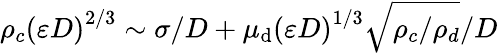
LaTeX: \rho_{c}\left(\varepsilon D\right)^{2/3}\sim\sigma/D+\mu_{\mathrm{d}}\left(\varepsilon D\right)^{1/3}\sqrt{\rho_{c}/\rho_{d}}/D